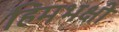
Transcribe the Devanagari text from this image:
हिमभक्षी